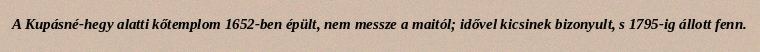
A Kupásné-hegy alatti kőtemplom 1652-ben épült, nem messze a maitól; idővel kicsinek bizonyult, s 1795-ig állott fenn.